Civil Veterinary Dept. Bombay admin report 1900-1906 - 1900-1906
Year: 1900
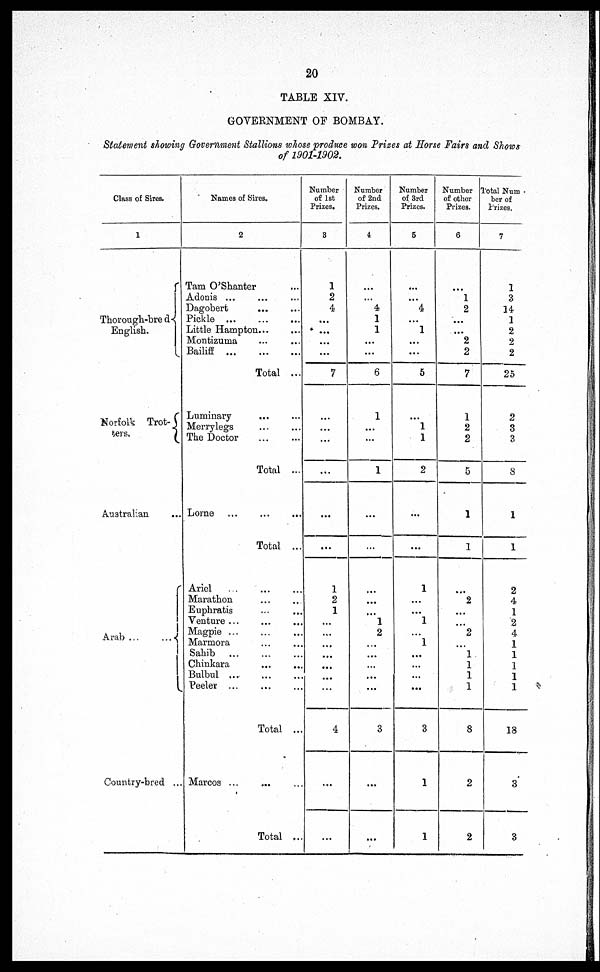
20
TABLE XIV.
GOVERNMENT OF BOMBAY.
Statement showing Government Stallions whose produce won Prizes at Horse Fairs and Shows
of 1901-1902.
Class of Sires.
1
Thorough-bred
English.
Norfolk Trot-
ters.
Australian ...
Arab ...
...
Country-bred ...
Names of Sires.
2
Tam O'Shanter ...
Adonis ... ... ...
Dagobert ... ...
Pickle
...
...
...
Little Hampton... ...
Montizuma ... ...
Bailiff
...
...
...
Total ...
Luminary
... ...
Merrylegs ... ...
The Doctor
...
...
Total ...
Lorne
...
...
...
Total ...
Ariel ... ... ...
Marathon ... ...
Euphratis ... ...
Venture .. ... ....
Magpie ... ... ...
Marmora ... ...
Sahib ... ... ...
Chinkara ... ...
Bulbul ... ... ...
Peeler ...
Total ...
Marcos ... ... ...
Total ...
Number
of 1st
Prizes.
3
1
2
4
...
...
...
...
7
...
...
...
...
...
...
1
2
1
...
...
...
...
...
...
...
4
...
...
Number
of 2nd
Prizes.
4
...
...
4
1
1
...
...
6
1
...
...
1
...
...
...
...
...
1
2
...
...
...
...
...
3
...
...
Number
of 3rd
Prizes.
5
...
...
4
...
1
...
...
5
... 1
1
2
...
...
1
...
...
1
... 1
...
...
...
...
3
1
1
Number
of other
Prizes.
6
...
1
2
...
...
2
2
7
1
2
2
5
1
1
...
2
...
...
2
...
1
1
1
1
8
2
2
Total Num
ber of
Prizes.
7
1
3
14
1
2
2
2
25
2
3
3
8
1
1
2
4
1
2
4
1
1
1
1
1
18
3
3